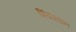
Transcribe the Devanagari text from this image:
पिंडप्रदान